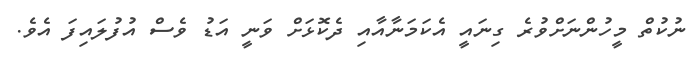
ނުކުތް މީހުންނަށްވުރެ ގިނައީ އެކަމަނާއާއި ދެކޮޅަށް ވަނީ އަޑު ވެސް އުފުލައިފަ އެވެ.